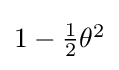
{\textstyle 1-{\frac {1}{2}}\theta ^{2}}